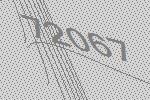
72067